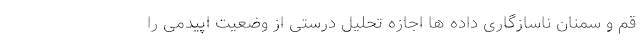
قم و سمنان ناسازگاری داده ها اجازه تحلیل درستی از وضعیت اپیدمی را